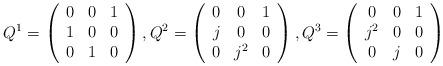
LaTeX: \begin{align*}Q^1=\left( \begin{array}{ccc}0 & 0 & 1 \\ 1 & 0 & 0 \\ 0 & 1 & 0\end{array}\right) ,Q^2=\left( \begin{array}{ccc}0 & 0 & 1 \\ j & 0 & 0 \\ 0 & j^2 & 0\end{array}\right) ,Q^3=\left( \begin{array}{ccc}0 & 0 & 1 \\ j^2 & 0 & 0 \\ 0 & j & 0\end{array}\right)\end{align*}